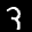
Label: 3